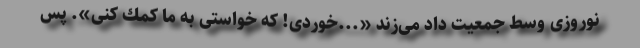
نوروزی وسط جمعیت داد می‌زند «...خوردی! كه خواستی به ما كمك كنی». پس